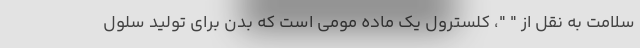
سلامت به نقل از " "، کلسترول یک ماده مومی است که بدن برای تولید سلول